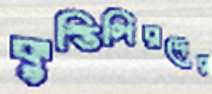
কুস্তিগিরদের